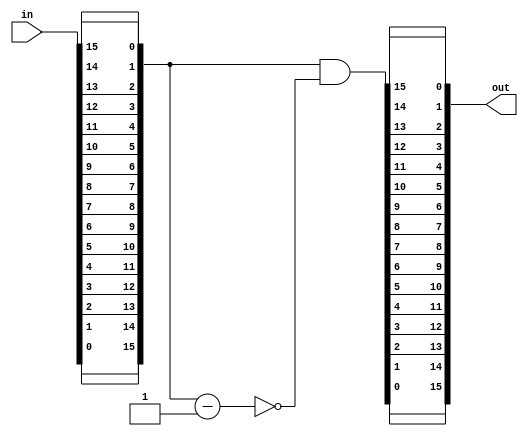
module bitscan (in,out); //revered bit scan. rearch hi setted bit
parameter WIDTH = 16;
input wire [WIDTH-1:0] in;
output wire [WIDTH-1:0] out;

wire [WIDTH-1:0] in_rev;
wire [WIDTH-1:0] out_rev;

genvar gi;
generate
for(gi = 0; gi < WIDTH; gi = gi + 1 )
begin : bl_generation_h
	assign out[WIDTH-1-gi] = out_rev[gi];
	assign in_rev[WIDTH-1-gi] = in[gi];
end
endgenerate

assign out_rev = in_rev & ~(in_rev-1);

endmodule